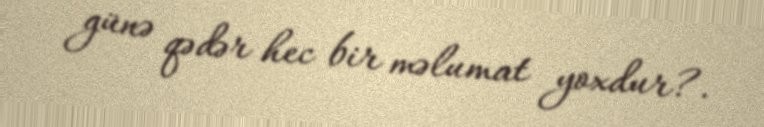
günə qədər hec bir məlumat yoxdur?.